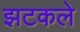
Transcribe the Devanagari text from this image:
झटकले